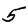
Digit: 5